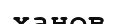
ханов